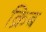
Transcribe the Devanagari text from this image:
क्रिब